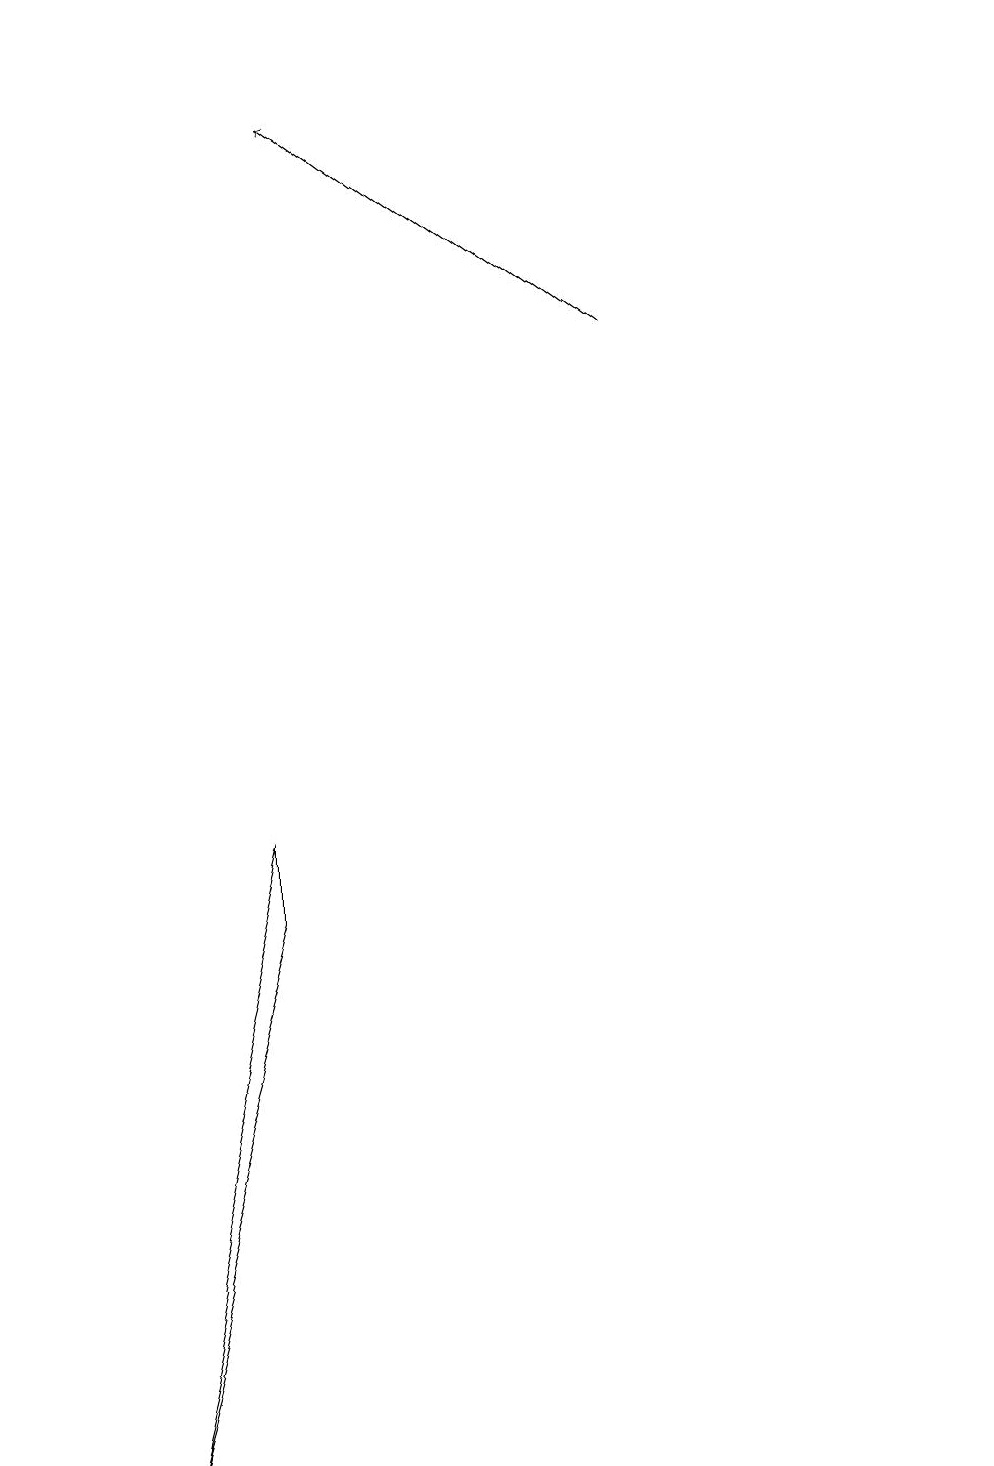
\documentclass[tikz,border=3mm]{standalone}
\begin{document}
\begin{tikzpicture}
\draw (3,8) -- (1,0) -- (3,7) -- cycle;
\draw (0,15) rectangle (0,18);
\draw (12,10) circle (0);
\draw[->] (8,14) -- (4,17);
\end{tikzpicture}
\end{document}